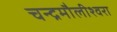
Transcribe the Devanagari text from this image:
चन्‍द्रमौलीश्‍वरा